Annual report on the health of the army in India
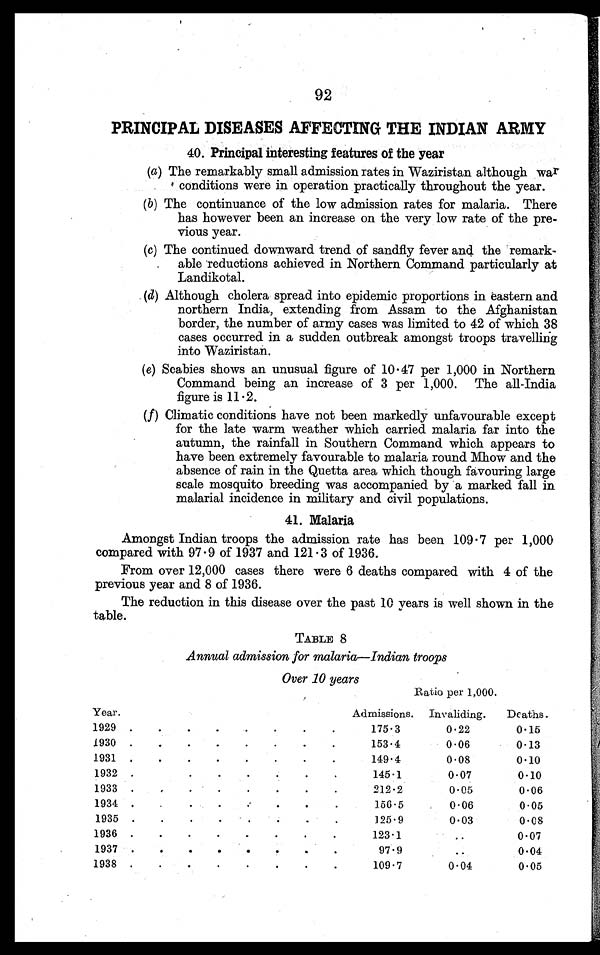
92
PRINCIPAL DISEASES AFFECTING THE INDIAN ARMY
40. Principal interesting features of the year
(a) The remarkably small admission rates in Waziristan although war
conditions were in operation practically throughout the year.
(b) The continuance of the low admission rates for malaria. There
has however been an increase on the very low rate of the pre
vious year.
(c) The continued downward trend of sandfly fever and the remark-
able reductions achieved in Northern Command particularly at
Landikotal.
(d) Although cholera spread into epidemic proportions in eastern and
northern India, extending from Assam to the Afghanistan
border, the number of army cases was limited to 42 of which 38
cases occurred in a sudden outbreak amongst troops travelling
into Waziristan.
(e) Scabies shows an unusual figure of 10.47 per 1,000 in Northern
Command being an increase of 3 per 1,000. The all-India
figure is 11.2.
(f) Climatic conditions have not been markedly unfavourable except
for the late warm weather which carried malaria far into the
autumn, the rainfall in Southern Command which appears to
have been extremely favourable to malaria round Mhow and the
absence of rain in the Quetta area which though favouring large
scale mosquito breeding was accompanied by a marked fall in
malarial incidence in military and civil populations.
41. Malaria
Amongst Indian troops the admission rate has been 109.7 per 1,000
compared with 97.9 of 1937 and 121.3 of 1936.
From over 12,000 cases there were 6 deaths compared with 4 of the
previous year and 8 of 1936.
The reduction in this disease over the past 10 years is well shown in the
table.
TABLE 8
Annual admission for malaria—Indian troops
Over 10 years
Ratio per 1,000.
Year.
Admissions.
Invaliding.
Deaths.
1929 .
.
.
.
.
175.3
0.22
0.15
1930
.
.
.
.
.
.
153.4
0.06
0.13
1931
.
.
.
.
.
.
.
.
149.4
0.08
0.10
1932
.
. .
145.1
0.07
0.10
1933
.
.
.
.
.
.
.
.
212.2
0.05
0.06
1934.
.
. .
156.5
0.06
0.05
1935.
.
.
.
.
125.9
0.03
0.08
1936 .
.
.
.
.
.
.
.
123.1
..
0.07
1937
97.9
..
0 . 0 4
1938 .
.
.
.
.
.
109.7
0.04
0.05